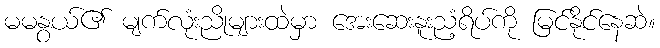
မမနွယ်၏ မျက်လုံးညိုများထဲမှာ အေးဆေးနူးညံ့ရိပ်ကို မြင်နိုင်နေဆဲ။